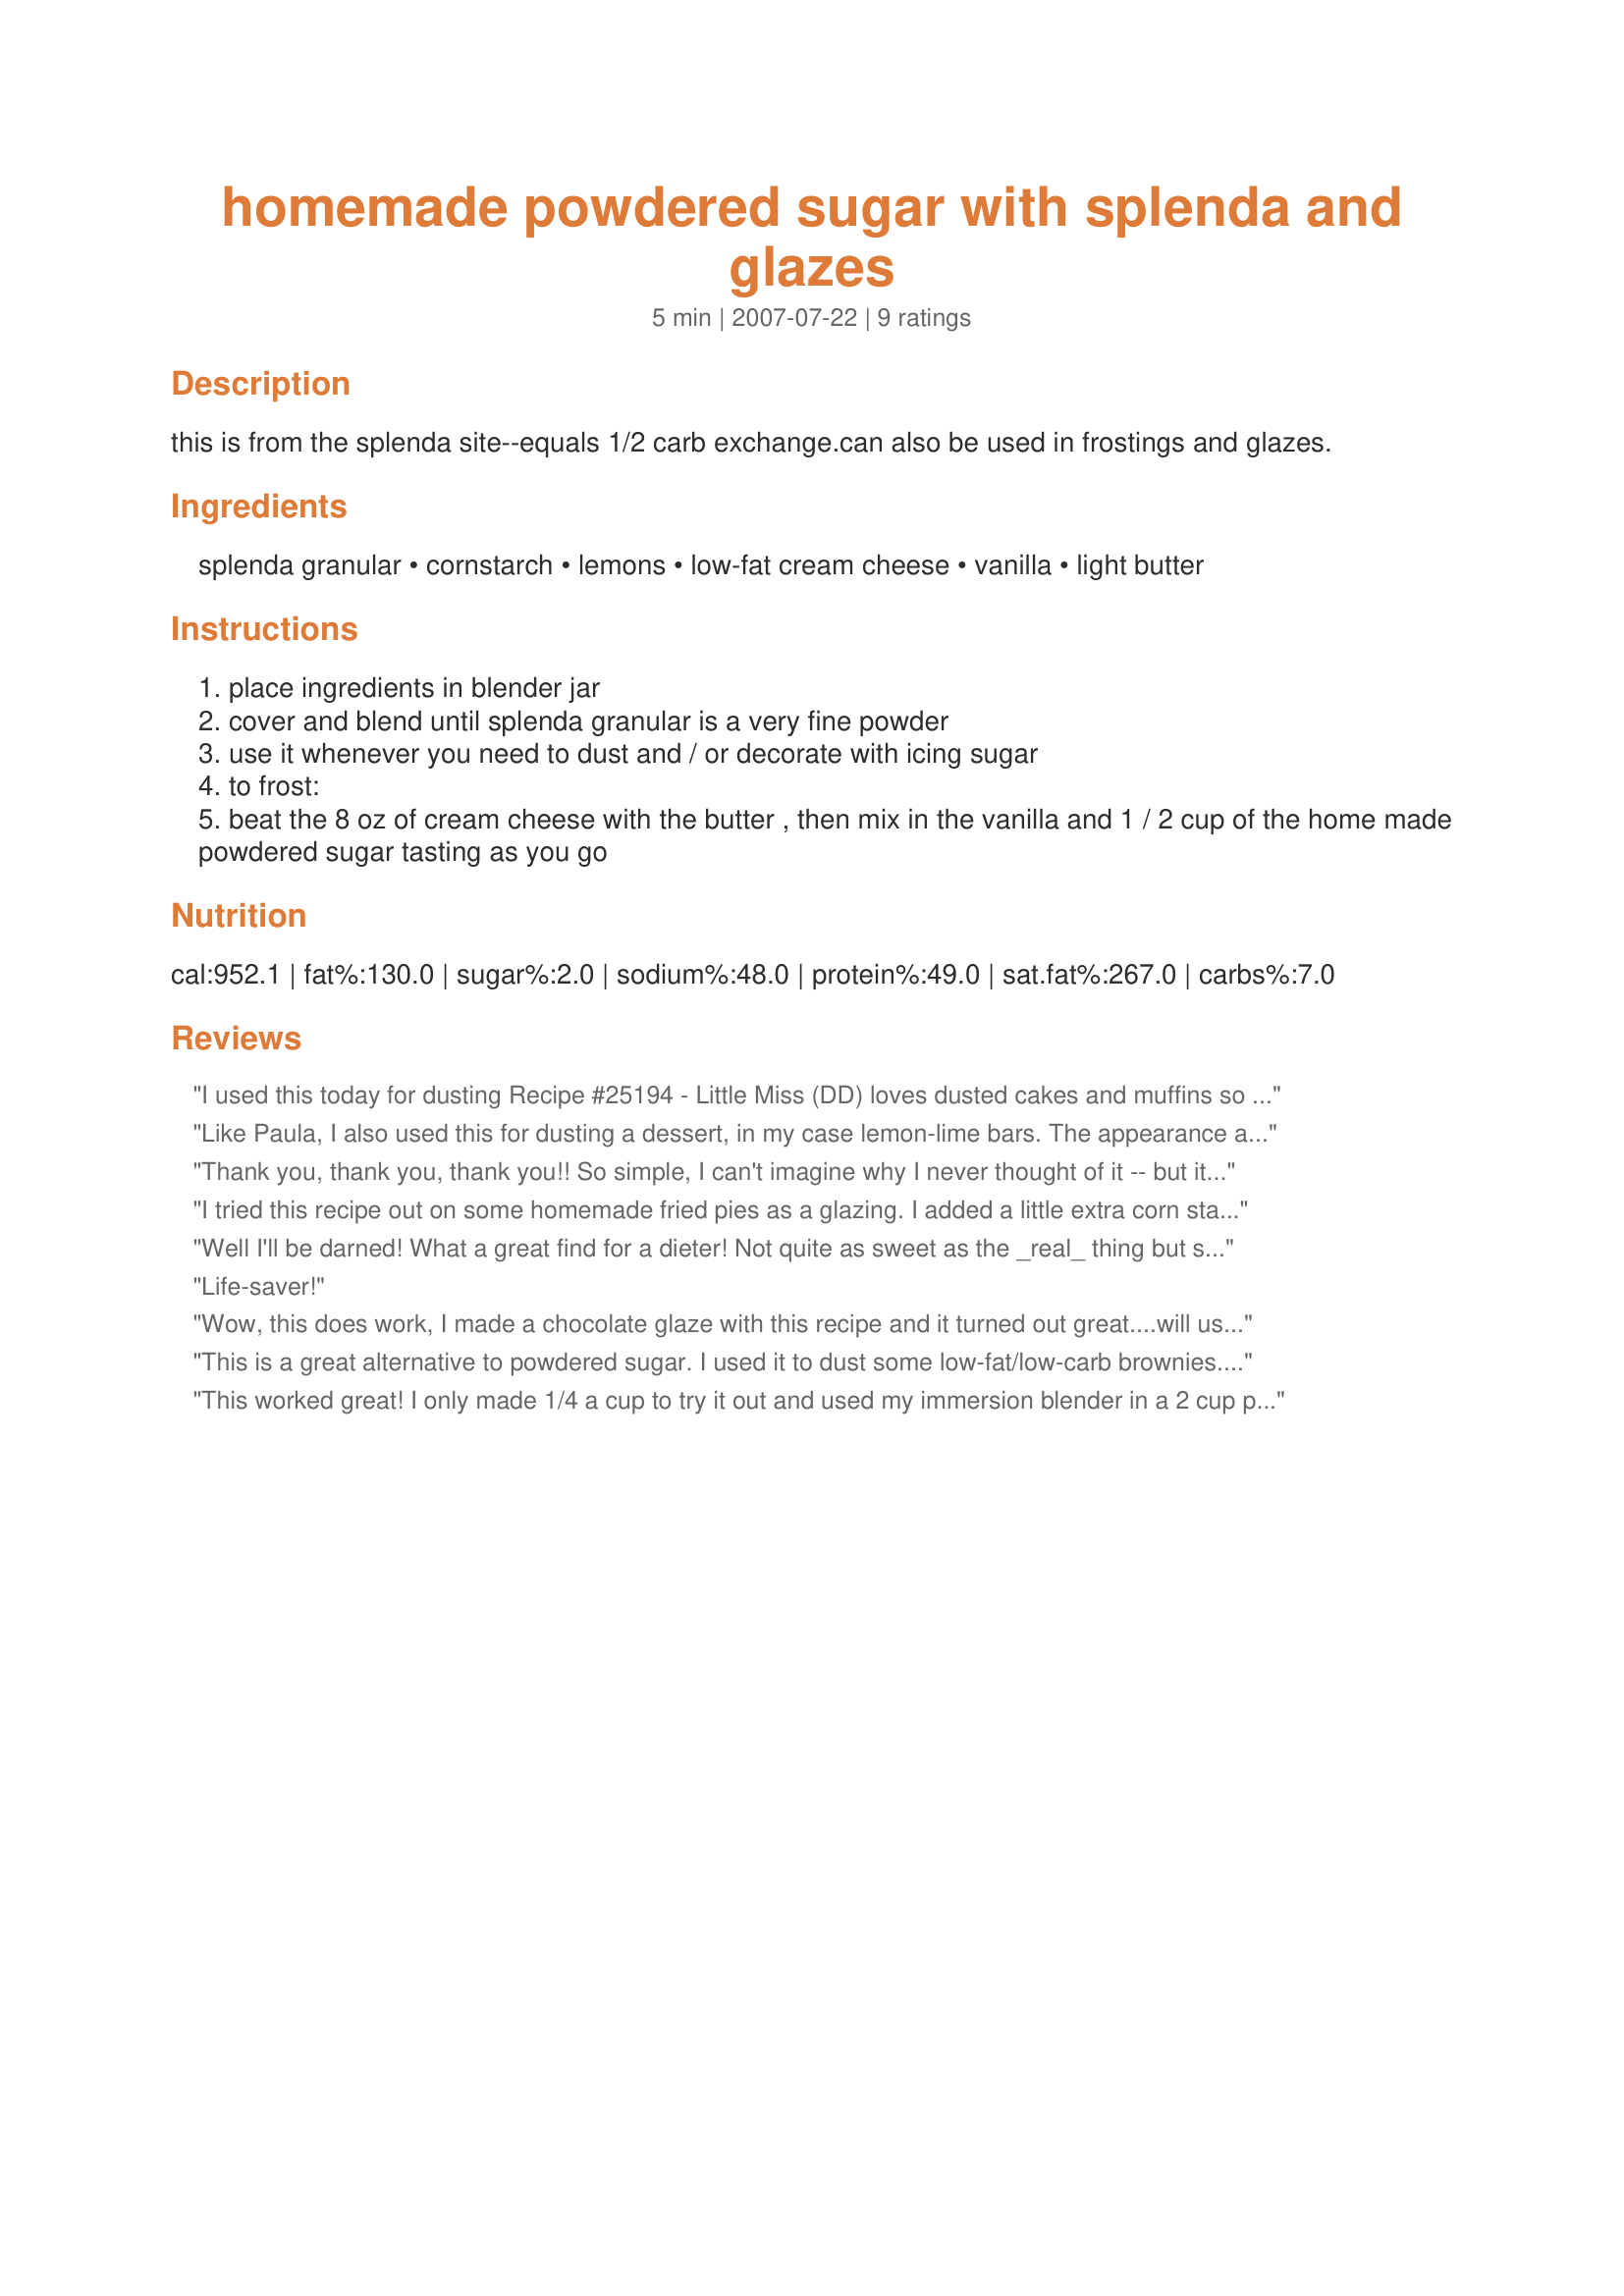
homemade powdered sugar with splenda and glazes
Preparation time: 5 minutes

this is from the splenda site--equals 1/2 carb exchange.can also be used in frostings and glazes.

Ingredients:
splenda granular, cornstarch, lemons, low-fat cream cheese, vanilla, light butter

Steps:
place ingredients in blender jar
cover and blend until splenda granular is a very fine powder
use it whenever you need to dust and / or decorate with icing sugar
to frost:
beat the 8 oz of cream cheese with the butter , then mix in the vanilla and 1 / 2 cup of the home made powdered sugar tasting as you go

Reviews:
I used this today for dusting Recipe #25194 - Little Miss (DD) loves dusted cakes and muffins so this is great without the full impact of sugar. Thank you MarraMamba
Like Paula, I also used this for dusting a dessert, in my case lemon-lime bars. The appearance and taste was just like conventional powdered sugar. I made mini in a mini chopper and it worked just fine, one just needs to let the dust settle. Thanks MarraMamba.
Thank you, thank you, thank you!! So simple, I can't imagine why I never thought of it -- but it's wonderful to finally have a sugar-free alternative to confectioner's sugar!!
I tried this recipe out on some homemade fried pies as a glazing. I added a little extra corn starch and it made a perfect glaze That was the finishing tough to a splenda made fried pie thanks so much
Well I'll be darned! What a great find for a dieter! Not quite as sweet as the _real_ thing but super for dusting. Wonder if it will work when used as an ingredient say combined with cream cheese as an icing? I'll try it out and let you know! Thanks!
Life-saver!
Wow, this does work, I made a chocolate glaze with this recipe and it turned out great....will use from now on...thanks
This is a great alternative to powdered sugar. I used it to dust some low-fat/low-carb brownies. I don't think it is quite as sweet as powdered sugar. Great recipe for my diabetic husband.
This worked great! I only made 1/4 a cup to try it out and used my immersion blender in a 2 cup pyrex. This is a nice recipe to have on hand since I'm cutting down on sugar. Thanks! Made for 1-2-3 hit wonders.
